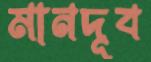
মানদূব